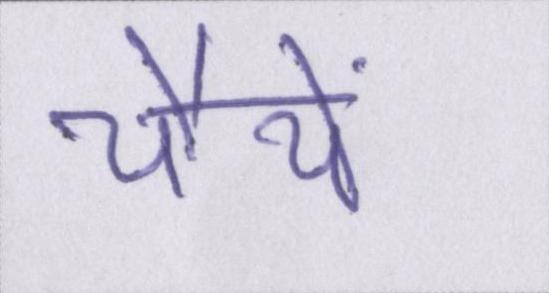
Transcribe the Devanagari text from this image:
चौथे